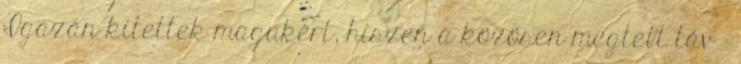
Igazán kitettek magukért, hiszen a közösen megtett táv -